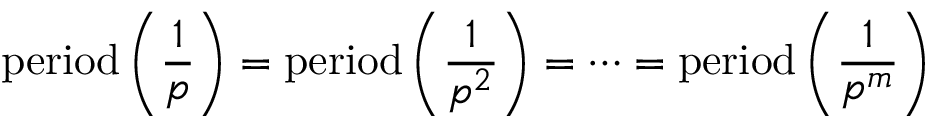
{ \mathrm { p e r i o d } } \left( { \frac { 1 } { p } } \right) = { \mathrm { p e r i o d } } \left( { \frac { 1 } { p ^ { 2 } } } \right) = \cdots = { \mathrm { p e r i o d } } \left( { \frac { 1 } { p ^ { m } } } \right)